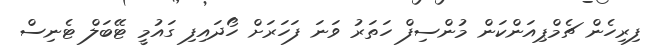
ފިރިހެން ޗެމްޕިއަންކަން މުންސިފް ހަތަރު ވަނަ ފަހަރަށް ހޯދައިފި ގައުމީ ޓޭބަލް ޓެނިސް